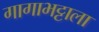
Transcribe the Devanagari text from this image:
गागाभट्टाला